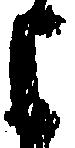
よ